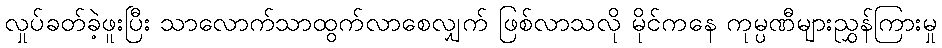
လှုပ်ခတ်ခဲ့ဖူးပြီး သာလောက်သာထွက်လာစေလျှက် ဖြစ်လာသလို မိုင်ကနေ ကုမ္ပဏီများညွှန်ကြားမှု